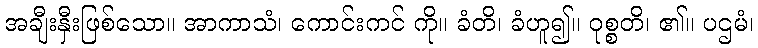
အချီးနှီးဖြစ်သော။ အာကာသံ၊ ကောင်းကင် ကို။ ခံတိ၊ ခံဟူ၍။ ဝုစ္စတိ၊ ၏။ ပဌမံ၊